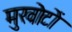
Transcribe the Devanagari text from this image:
मुखोटों